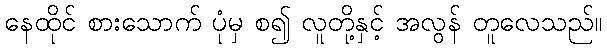
နေထိုင် စားသောက် ပုံမှ စ၍ လူတို့နှင့် အလွန် တူလေသည်။